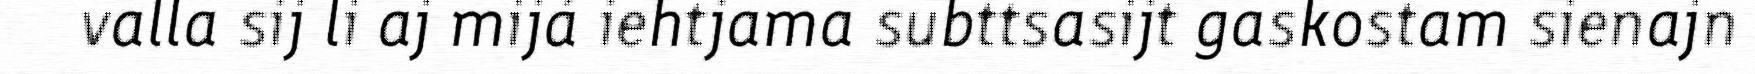
valla sij li aj mijá iehtjama subttsasijt gaskostam sienajn